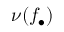
\nu ( f _ { \bullet } )